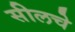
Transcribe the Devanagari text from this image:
सीलचे